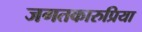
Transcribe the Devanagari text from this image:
जगतकारुप्रिया